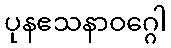
ပုနဧသနာဝဂ္ဂေါ